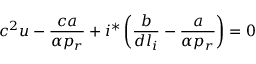
c ^ { 2 } u - \frac { c a } { \alpha p _ { r } } + i ^ { * } \left( \frac { b } { d l _ { i } } - \frac { a } { \alpha p _ { r } } \right) = 0